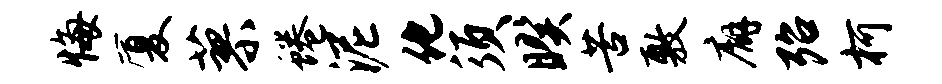
悔厦蓼蜷泥化须暌苦敷廨殆柯